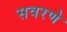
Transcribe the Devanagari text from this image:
सवरणे